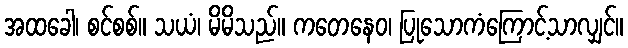
အထခေါ၊ စင်စစ်။ သယံ၊ မိမိသည်။ ကတေနေဝ၊ ပြုသောကံကြောင့်သာလျှင်။